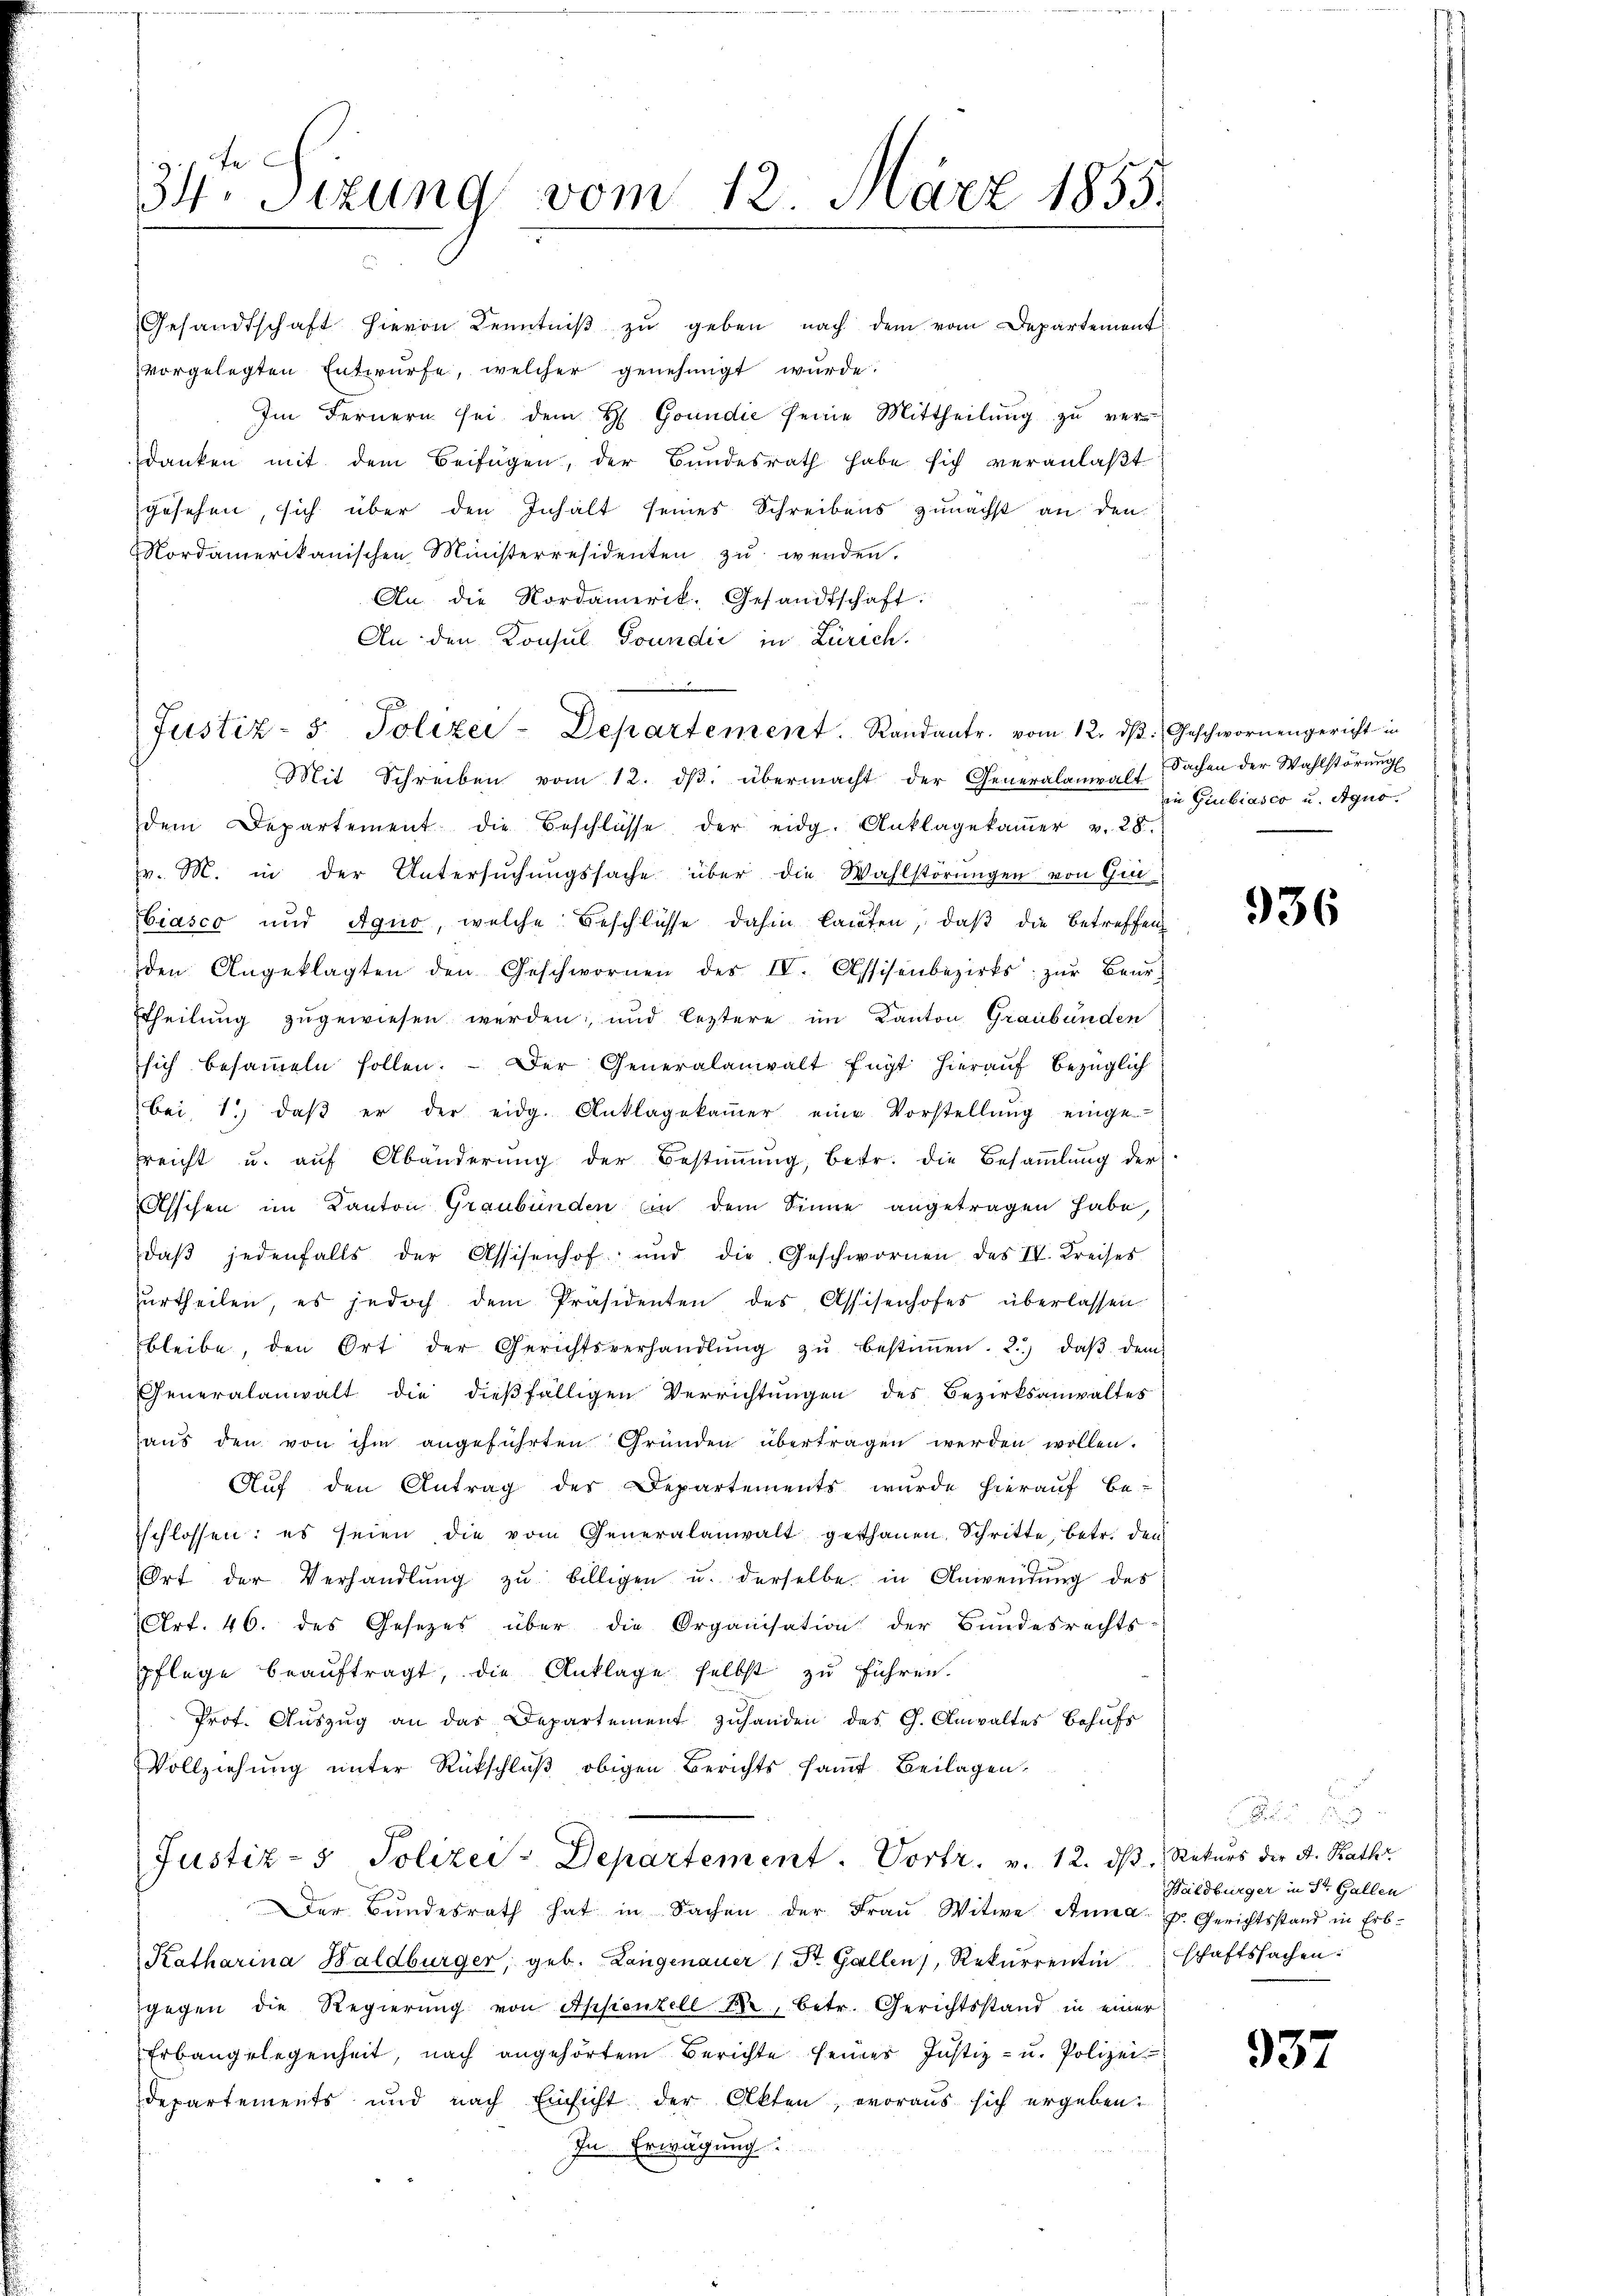
34te Sizung vom 12. März 1855.

Gesandtschaft hievon Kenntniβ zŭ geben nach dem vom Departement
vorgelegten Entwürfe, welcher genehmigt wurde.
Im Fernern sei dem H. Goundić seine Mittheilŭng zŭ ver-
danken mit dem Beifügen, der Bundesrath habe sich veranlaßt
gesehen, sich über den Inhalt seines Schreibens zunächst an den
Nordamerikanischen Ministerresidenten zŭ werden.
An die Nordamerik. Gesandtschaft:
An den Konsul Soundić in Zürich.
Justiz- & Polizei-Departement. Randantr. vom 12. dβ. Geschwornengericht in
Mit Schreiben vom 12. dβ. übermacht der Generalanwalt
dem Departement die Beschlüsse der eidg. Anklagekamer v. 28.
pr. M. in der Untersŭchŭngssache über die Wahlstörŭngen von Gin-
Ciasco und Aquo, welche Beschlüsse dahin lauten, daß die betreffen
den Angeklagten den Geschwornen des IV. Assisenbezirks zŭr Beur-
ttheilung zugewiesen werden, und leztere im Kanton Graubünden
sich besammeln sollen. Der Generalanwalt fügt hierauf bezüglich
bei, 1. daβ er der eidg. Anklagekamer eine Vorstellŭng einge-
reicht u. aŭf Abänderŭng der Bestiṁŭng, betr. die Besaṁlŭng der
Asschen im Kanton Graubünden Ein dem Sinne angetragen habe,
daβ jedenfalls der Assisenhof und die Geschwornen des IV. Kreises
zurtheilen, es jedoch dem Präsidenten des Assisenhofes überlassen
bleibe, den Ort der Gerichtsverhandlŭng zŭ bestiṁen. 2.) daβ dem
Generalanwalt die dieβfälligen Verrichtŭngen des Bezirksanwaltes
aŭs den von ihm angeführten Gründen übertragen werden wollen.
Auf den Antrag des Departements wurde hierauf be-
schlossen: es seien die vom Generalanwalt gethanen. Schritte, betr. den
Ort der Verhandlŭng zŭ billigen u. derselbe in Anwendung des
Art. 46. des Gesetzes über die Organisation der Bundesrechts-
pflege beauftragt, die Anklage selbst zu führen.
Prot. Aŭszŭg an das Departement zŭ handen des C. Anwaltes behŭfs
Vollziehung unter Rückschluß obigen Berichts samt Beilagen,
Justiz- & Polizei-Departement. Vortr. v. 12. dβ. Rekurs der A. Rath
Der Bŭndesrath hat in Sachen der Fraŭ Witwe Anna z. Gerichtsstand in Erb-
Katharina Waldbürger, geb. Langenauer 1 St. Gallen, Rekurrentinschaftssachen.
gegen die Regierung von Appenzell Fr., betr. Gerichtsstand in einer
Erbangelegenheit, nach angehörtem Berichte seines Justiz- u. Polizei
Departements und nach Einsicht der Akten, voraus sich ergeben:
In Erwägung

Sachen der Wahlstörung
in Giubiasco u. Aquo.

936

x
Waldbürger in St. Gallen

937